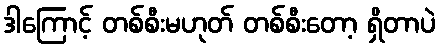
ဒါကြောင့် တစ်စီးမဟုတ် တစ်စီးတော့ ရှိတာပဲ